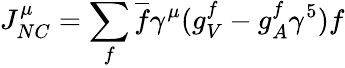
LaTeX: J_{NC}^{\mu}=\sum_{f}\overline{{f}}\gamma^{\mu}(g_{V}^{f}-g_{A}^{f}\gamma^{5})f